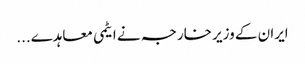
ایران کے وزیر خارجہ نے ایٹمی معاہدے...